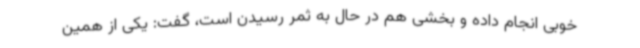
خوبی انجام داده و بخشی هم در حال به ثمر رسیدن است، گفت: یکی از همین